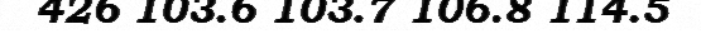
426 103.6 103.7 106.8 114.5